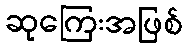
ဆုကြေးအဖြစ်